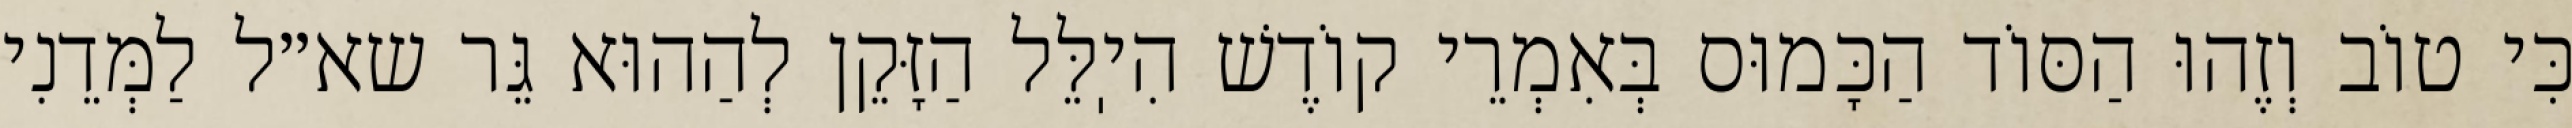
כִּי טוֹב וְזֶהוּ הַסּוֹד הַכָּמוּס בְּאִמְרֵי קוֹדֶשׁ הִיֽלֵּל הַזָּקֵן לְהַהוּא גֵּר שא״ל לַמְּדֵנִי